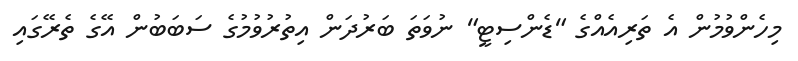
މިހެންވުމުން އެ ތަރިއެއްގެ "ޑެންސިޓީ" ނުވަތަ ބަރުދަން އިތުރުވުމުގެ ސަބަބުން އޭގެ ތެރޭގައި